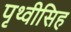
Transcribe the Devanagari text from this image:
पृथ्वीसिह